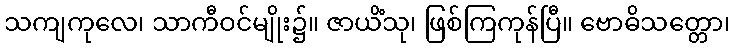
သကျကုလေ၊ သာကီဝင်မျိုး၌။ ဇာယိံသု၊ ဖြစ်ကြကုန်ပြီ။ ဗောဓိသတ္တော၊